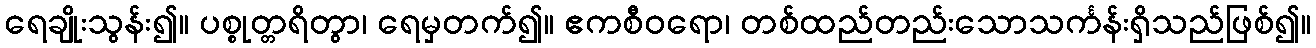
ရေချိုးသွန်း၍။ ပစ္စုတ္တရိတွာ၊ ရေမှတက်၍။ ဧကစီဝရော၊ တစ်ထည်တည်းသောသင်္ကန်းရှိသည်ဖြစ်၍။